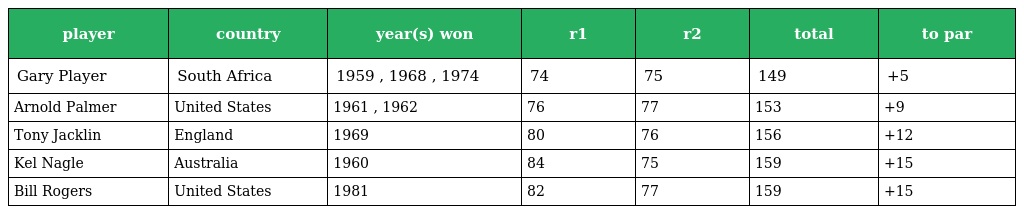
| player | country | year(s) won | r1 | r2 | total | to par |
 | --- | --- | --- | --- | --- | --- | --- |
 | Gary Player | South Africa | 1959 , 1968 , 1974 | 74 | 75 | 149 | +5 |
 | Arnold Palmer | United States | 1961 , 1962 | 76 | 77 | 153 | +9 |
 | Tony Jacklin | England | 1969 | 80 | 76 | 156 | +12 |
 | Kel Nagle | Australia | 1960 | 84 | 75 | 159 | +15 |
 | Bill Rogers | United States | 1981 | 82 | 77 | 159 | +15 |